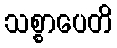
သစ္စာပေတိ